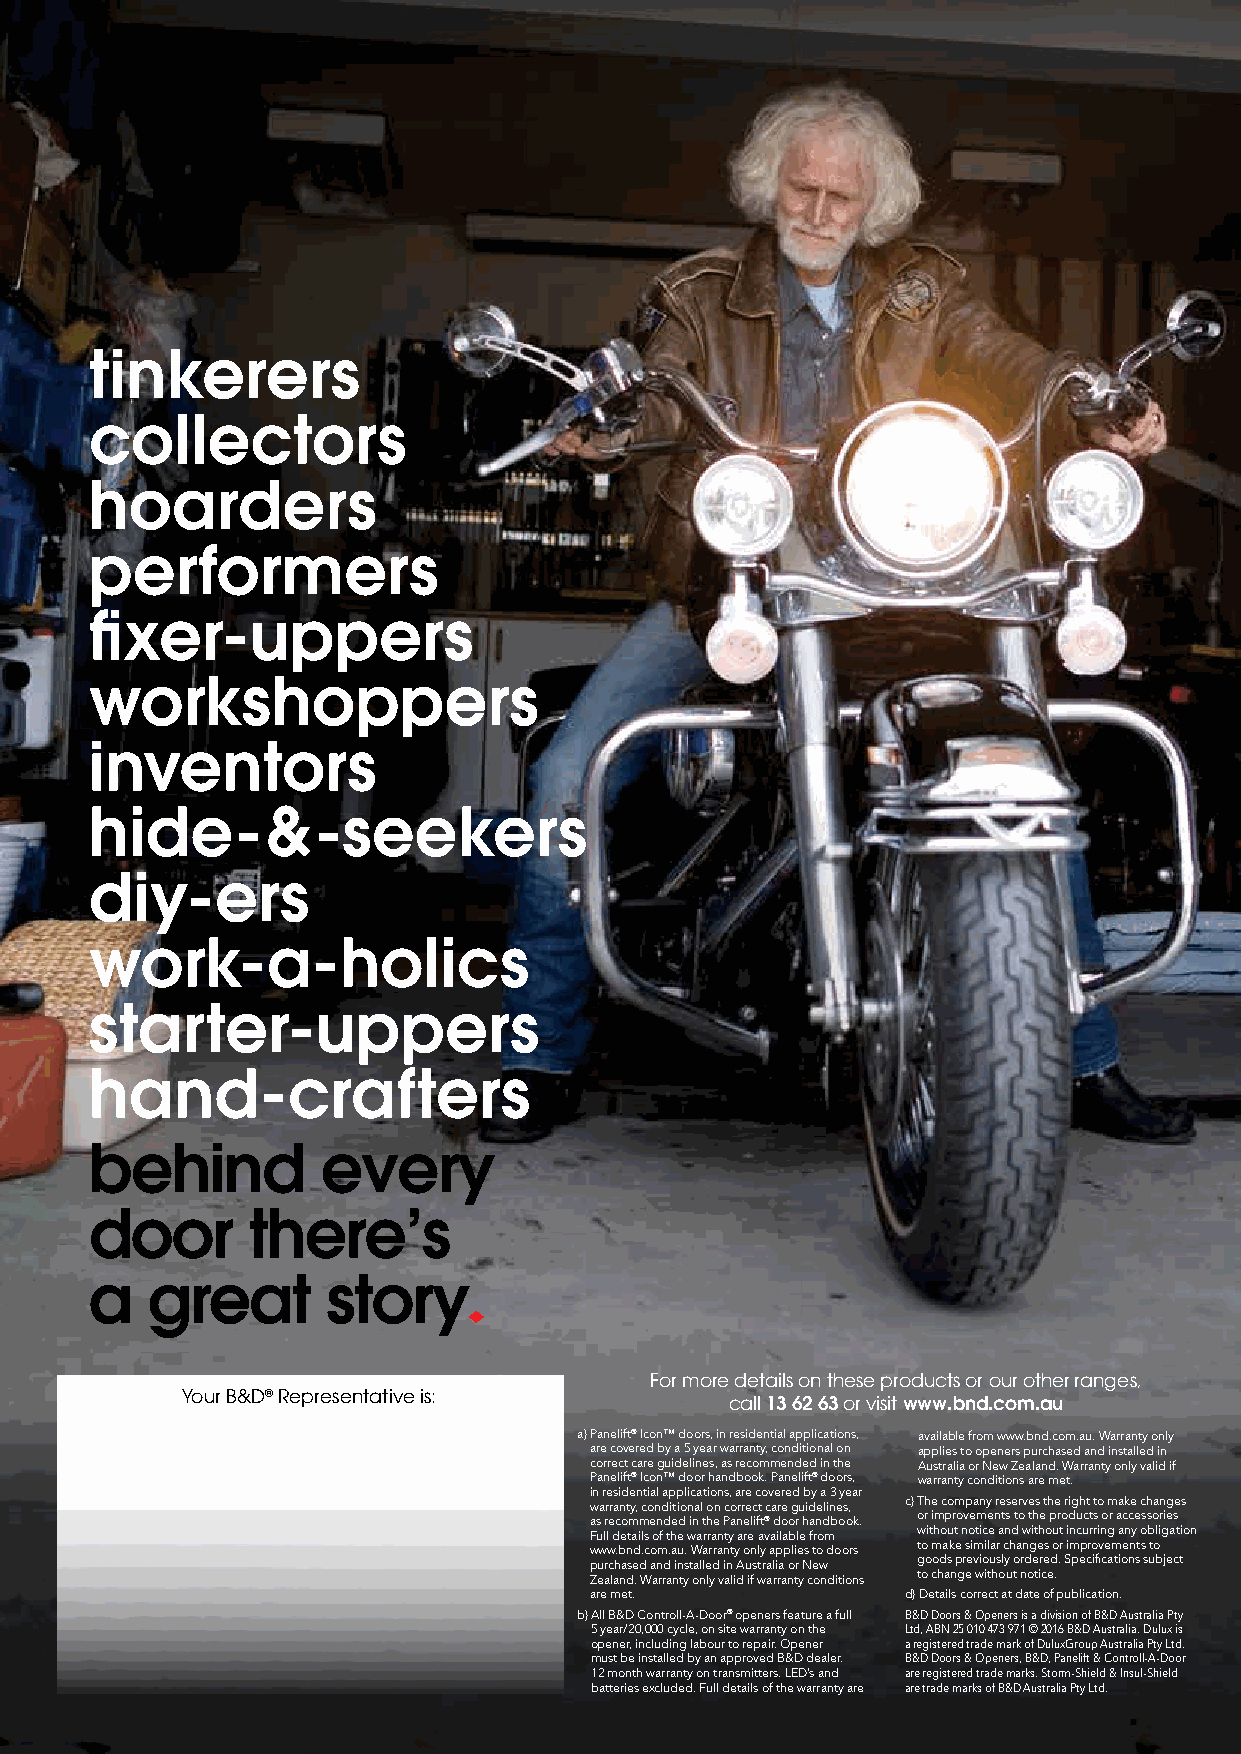
tinkerers
 collectors
 hoarders
 performers
 fixer-uppers
 workshoppers
 inventors
 hide-&-seekers
 diy-ers
 work-a-holics
 starter-uppers
 hand-crafters
 behind         every
 door      there’s
 a   great       story
 For more details on these products or our other ranges,
 Your B&D® Representative is:
 call 13 62 63 or visit www.bnd.com.au
 a) Panelift® Icon™ doors, in residential applications, a vailable from www.bnd.com.au. Warranty only
 are covered by a 5 year warranty, conditional on applies to openers purchased and installed in
 correct care guidelines, as recommended in the Australia or New Zealand. Warranty only valid if
 Panelift® Icon™ door handbook. Panelift® doors, warranty conditions are met.
 in residential applications, are covered by a 3 year
 warranty, conditional on correct care guidelines, c) T he company reserves the right to make changes
 as recommended in the Panelift® door handbook. or improvements to the products or accessories
 Full details of the warranty are available from without notice and without incurring any obligation
 www.bnd.com.au. Warranty only applies to doors to make similar changes or improvements to
 purchased and installed in Australia or New goods previously ordered. Specifications subject
 Zealand. Warranty only valid if warranty conditions to change without notice.
 are met.             d) Details correct at date of publication.
 b) A ll B&D Controll-A-Door® openers feature a full B&D Doors & Openers is a division of B&D Australia Pty
 5 year/20,000 cycle, on site warranty on the Ltd, ABN 25 010 473 971 © 2016 B&D Australia. Dulux is
 opener, including labour to repair. Opener a registered trade mark of DuluxGroup Australia Pty Ltd.
 must be installed by an approved B&D dealer. B&D Doors & Openers, B&D, Panelift & Controll-A-Door
 12 month warranty on transmitters. LED’s and are registered trade marks. Storm-Shield & Insul-Shield
 batteries excluded. Full details of the warranty are are trade marks of B&D Australia Pty Ltd.